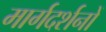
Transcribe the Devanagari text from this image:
मार्गदर्शनों